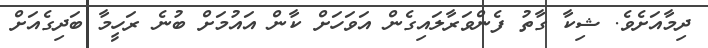
ދިމާއަށެވެ. ޝިކާ ގާތު ފެންވަރާލައިގެން އަވަހަށް ކާން އައުމަށް ބުނެ ރަހީމާ ބަދިގެއަށް